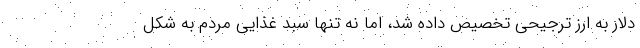
دلار به ارز ترجیحی تخصیص داده شد، اما نه تنها سبد غذایی مردم به شکل